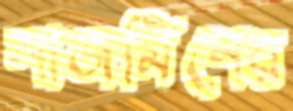
নাজমিনের